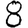
Digit: 8